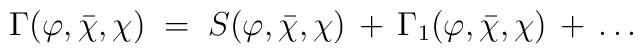
\Gamma(\varphi,{\bar\chi},\chi) \;=\; S(\varphi,{\bar\chi},\chi)\,+\, \Gamma_1(\varphi,{\bar\chi},\chi) \,+\,\ldots